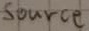
Text: Source